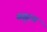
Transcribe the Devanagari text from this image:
सह्र्दय